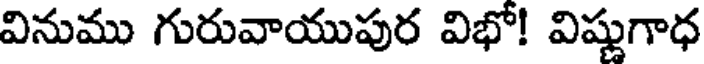
వినుము గురువాయుపుర విభో! విష్ణుగాధ